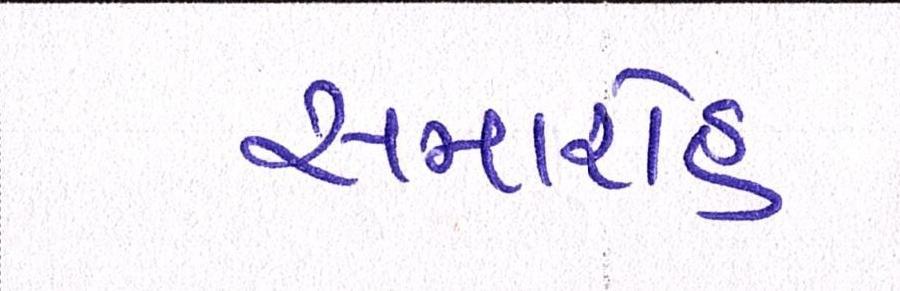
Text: સમારોહ